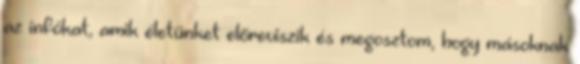
az infókat, amik életünket előreviszik és megosztom, hogy másoknak